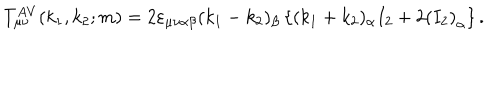
T _ { \mu \nu } ^ { A V } ( k _ { 1 } , k _ { 2 } ; m ) = 2 \varepsilon _ { \mu \nu \alpha \beta } ( k _ { 1 } - k _ { 2 } ) _ { \beta } \left\{ ( k _ { 1 } + k _ { 2 } ) _ { \alpha } I _ { 2 } + 2 \left( I _ { 2 } \right) _ { \alpha } \right\} .